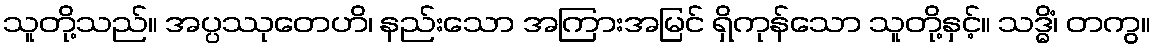
သူတို့သည်။ အပ္ပဿုတေဟိ၊ နည်းသော အကြားအမြင် ရှိကုန်သော သူတို့နှင့်။ သဒ္ဓိံ၊ တကွ။